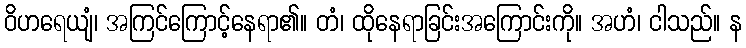
ဝိဟရေယျံ၊ အကြင်ကြောင့်နေရာ၏။ တံ၊ ထိုနေရာခြင်းအကြောင်းကို။ အဟံ၊ ငါသည်။ န